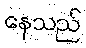
နေသည်